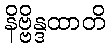
နိဗ္ဗိန္ဒထာတိ